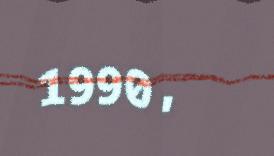
1990,